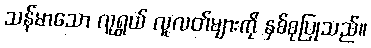
သန်မာသော လူရွယ် လူလတ်များကို နှစ်စုပြုသည်။